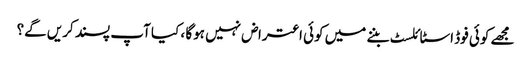
مجھے کوئی فوڈ اسٹائلسٹ بننے میں کوئی اعتراض نہیں ہوگا ، کیا آپ پسند کریں گے؟